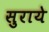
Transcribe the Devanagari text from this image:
सुराये